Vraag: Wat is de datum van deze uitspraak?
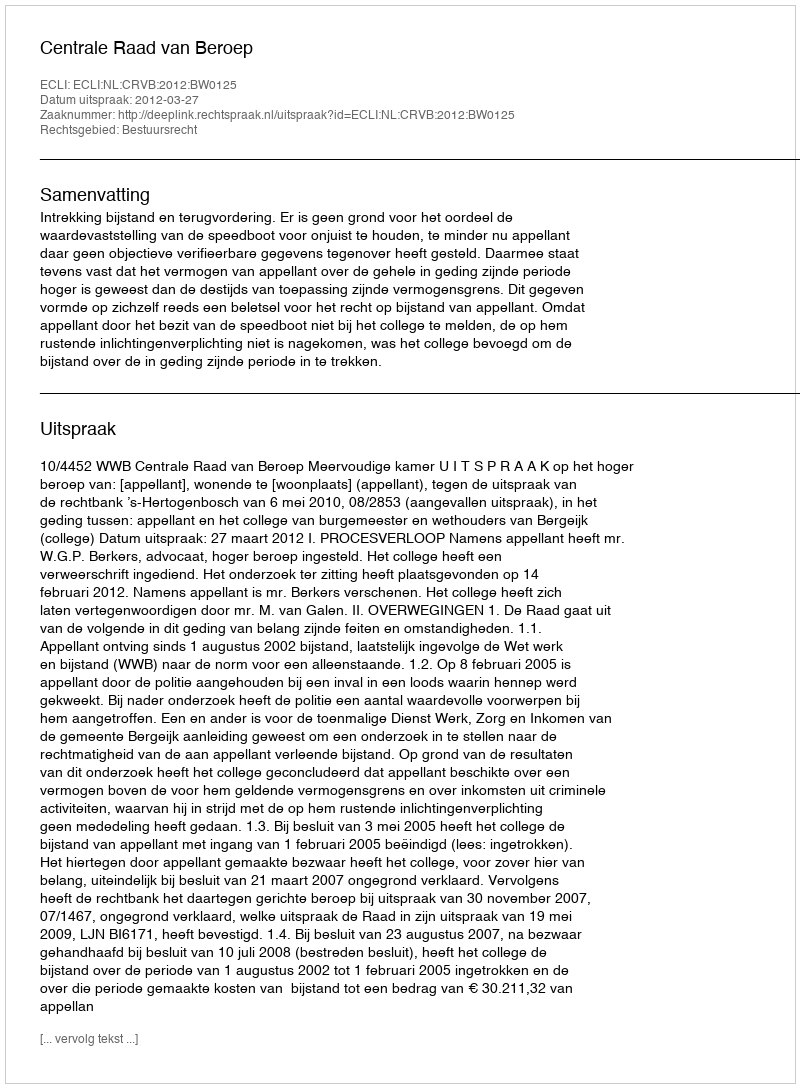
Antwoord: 2012-03-27